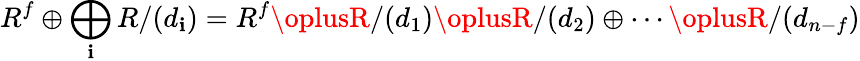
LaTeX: R^{f}\oplus\bigoplus_{\mathbf{i}}R/(d_{\mathbf{i}})=R^{f}\oplusR/(d_{1})\oplusR/(d_{2})\oplus\cdots\oplusR/(d_{n-f})